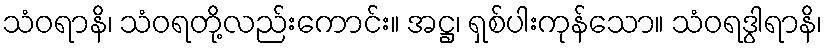
သံဝရာနိ၊ သံဝရတို့လည်းကောင်း။ အဋ္ဌ၊ ရှစ်ပါးကုန်သော။ သံဝရဒွါရာနိ၊